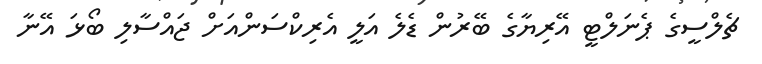
ޗެލްސީގެ ޕެނަލްޓީ އޭރިޔާގެ ބޭރުން ޑެލެ އަލީ އެރިކްސަންއަށް ޖައްސާލި ބޯޅަ އޭނާ